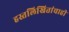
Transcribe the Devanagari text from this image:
हस्तलिखितांचाही